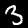
Label: 3